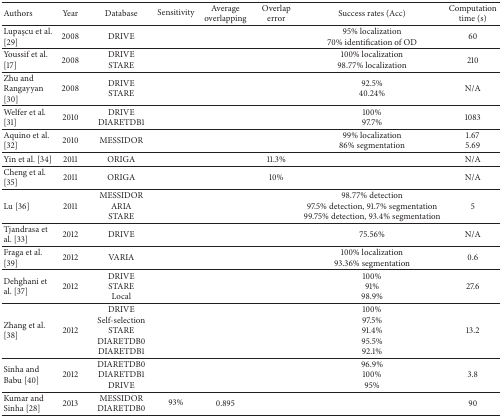
<table><thead><tr><td><b>Authors</b></td><td><b>Year</b></td><td><b>Database </b></td><td><b>Sensitivity</b></td><td><b>Average overlapping</b></td><td><b>Overlap error </b></td><td><b>Success rates (Acc)</b></td><td><b>Computation time (s)</b></td></tr></thead><tbody><tr><td>Lupaşcu et al. [29] </td><td>2008</td><td>DRIVE</td><td> </td><td> </td><td> </td><td>95% localization70% identification of OD</td><td>60</td></tr><tr><td>Youssif et al. [17]</td><td>2008</td><td>DRIVESTARE</td><td> </td><td> </td><td> </td><td>100% localization98.77% localization</td><td>210 </td></tr><tr><td>Zhu and Rangayyan [30] </td><td>2008</td><td>DRIVESTARE</td><td> </td><td> </td><td> </td><td>92.5% 40.24%</td><td>N/A</td></tr><tr><td>Welfer et al. [31] </td><td>2010</td><td>DRIVEDIARETDB1</td><td> </td><td> </td><td> </td><td>100%97.7%</td><td>1083 </td></tr><tr><td>Aquino et al. [32] </td><td>2010</td><td>MESSIDOR</td><td> </td><td> </td><td> </td><td>99% localization86% segmentation</td><td>1.67 5.69 </td></tr><tr><td>Yin et al. [34]</td><td>2011</td><td>ORIGA</td><td> </td><td> </td><td>11.3%</td><td> </td><td>N/A</td></tr><tr><td>Cheng et al. [35]</td><td>2011</td><td>ORIGA</td><td> </td><td> </td><td>10%</td><td> </td><td>N/A</td></tr><tr><td>Lu [36]</td><td>2011</td><td>MESSIDORARIASTARE</td><td> </td><td> </td><td> </td><td>98.77% detection 97.5% detection, 91.7% segmentation99.75% detection, 93.4% segmentation</td><td>5 </td></tr><tr><td>Tjandrasa et al. [33]</td><td>2012</td><td>DRIVE</td><td> </td><td> </td><td> </td><td>75.56%</td><td>N/A</td></tr><tr><td>Fraga et al. [39]</td><td>2012</td><td>VARIA</td><td> </td><td> </td><td> </td><td>100% localization93.36% segmentation</td><td>0.6 </td></tr><tr><td>Dehghani et al. [37] </td><td>2012</td><td>DRIVESTARELocal</td><td> </td><td> </td><td> </td><td>100%91%98.9%</td><td>27.6</td></tr><tr><td>Zhang et al. [38] </td><td>2012</td><td>DRIVESelf-selectionSTAREDIARETDB0DIARETDB1</td><td> </td><td> </td><td> </td><td>100%97.5%91.4%95.5%92.1%</td><td>13.2</td></tr><tr><td>Sinha and Babu [40]</td><td>2012</td><td>DIARETDB0DIARETDB1DRIVE</td><td> </td><td> </td><td> </td><td>96.9%100%95%</td><td>3.8 </td></tr><tr><td>Kumar and Sinha [28]</td><td>2013</td><td>MESSIDORDIARETDB0</td><td>93%</td><td>0.895</td><td> </td><td> </td><td>90 </td></tr></tbody></table>